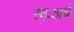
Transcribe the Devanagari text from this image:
स्वःताचे